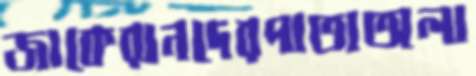
জাকেরানদেরপাতাঅলা